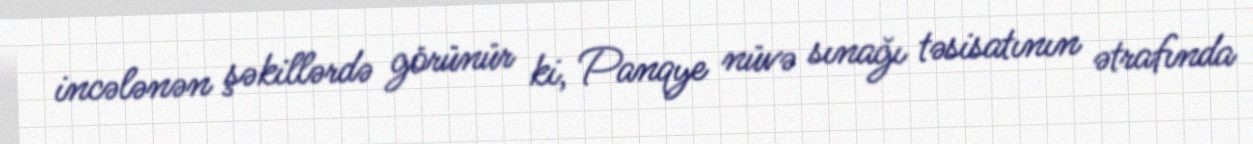
incələnən şəkillərdə görünür ki, Panqye nüvə sınağı təsisatının ətrafında